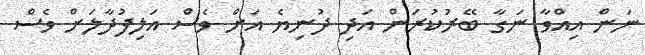
ނަަން އިއްވާ ނަގާ ބޭރުކުރަން އަދި ދުނިޔެ އަށް ވެސް އަލިފުދާލަށް ވެސް